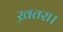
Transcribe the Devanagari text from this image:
ख़तरा।